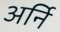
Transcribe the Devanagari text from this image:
अर्नि